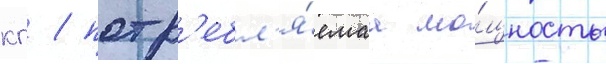
кг / потр'ебл'я́емаа мо́щность